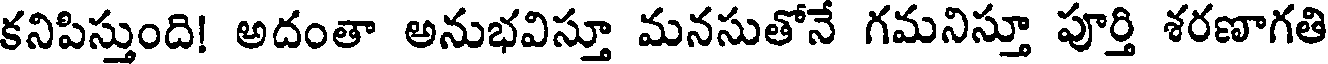
కనిపిస్తుంది! అదంతా అనుభవిస్తూ మనసుతోనే గమనిస్తూ పూర్తి శరణాగతి